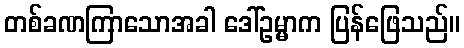
တစ်ခဏကြာသောအခါ ဒေါ်ဥမ္မာက ပြန်ဖြေသည်။